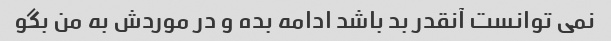
نمی توانست آنقدر بد باشد ادامه بده و در موردش به من بگو